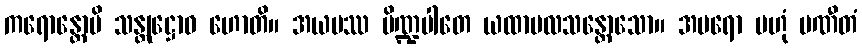
ကရောန္တောပိ သန္တုဋ္ဌောဝ ဟောတိ။ အယမဿ ပိဏ္ဍပါတေ ယထာဗလသန္တောသော။ အပရော ဗဟုံ ပဏီတံ